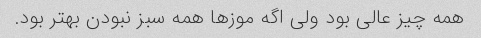
همه چیز عالی بود ولی اگه موز‌ها همه سبز نبودن بهتر بود.